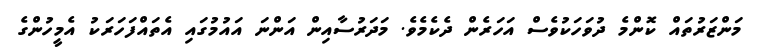
މަންޒަރުތައް ކޮންމެ ދުވަހަކުވެސް އަހަރެން ދެކެމެވެ. މަދަރުސާއިން އަންނަ އައުމުގައި އެތައްފަހަރަކު އެމީހުންގެ